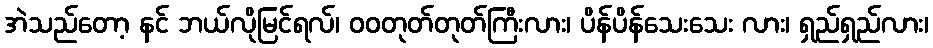
အဲသည်တော့ နင် ဘယ်လိုမြင်ရလ်၊ ဝဝတုတ်တုတ်ကြီးလား၊ ပိန်ပိန်သေးသေး လား၊ ရှည်ရှည်လား၊